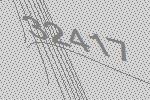
32417